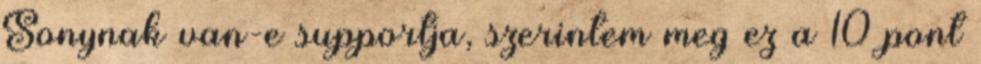
Sonynak van-e supportja, szerintem meg ez a 10 pont